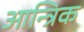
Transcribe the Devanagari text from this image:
आन्त्रिक